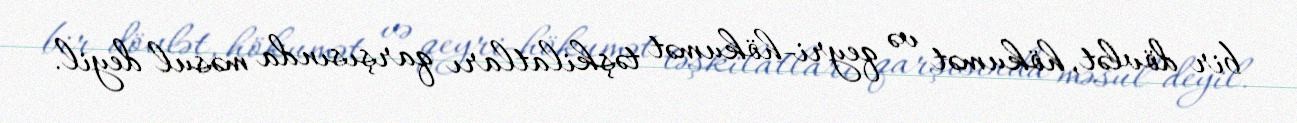
bir dövlət, hökumət və qeyri-hökumət təşkilatları qarşısında məsul deyil.